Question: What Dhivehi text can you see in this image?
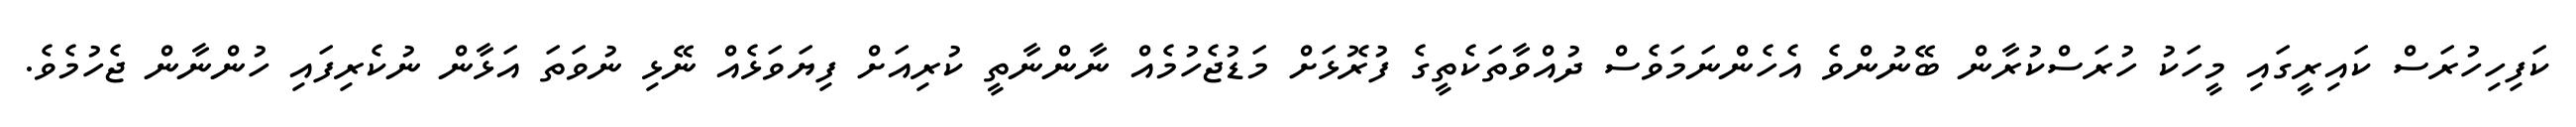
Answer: ކަފިހިހުރަސް ކައިރީގައި މީހަކު ހުރަސްކުރާން ބޭނުންވެ އެހެންނަމަވެސް ދުއްވާތަކެތީގެ ފުރޮޅަށް މަޑުޖެހުމެއް ނާންނާތީ ކުރިއަށް ފިޔަވަޅެއް ނޭޅި ނުވަތަ އަޅާން ނުކެރިފައި ހުންނާން ޖެހުމެވެ.